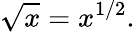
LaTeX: {\sqrt{x}}=x^{1/2}.